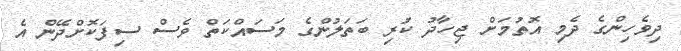
ދިވެހިންގެ ދެމި އޮތުމަށް ޖިހާދު ކުރި ބަތަލުންގެ މަސައްކަތް ވެސް ސިފަކޮށްދޭން އެ